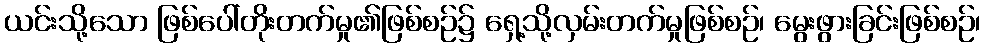
ယင်းသို့သော ဖြစ်ပေါ်တိုးတက်မှု၏ဖြစ်စဉ်၌ ရှေ့သို့လှမ်းတက်မှုဖြစ်စဉ်၊ မွေးဖွားခြင်းဖြစ်စဉ်၊